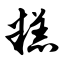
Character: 糕